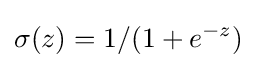
\sigma (z)=1/(1+e^{-z})